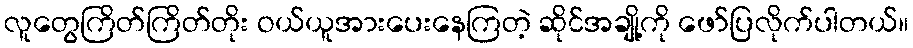
လူတွေကြိတ်ကြိတ်တိုး ဝယ်ယူအားပေးနေကြတဲ့ ဆိုင်အချို့ကို ဖော်ပြလိုက်ပါတယ်။